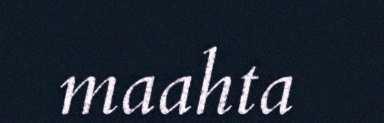
maahta